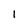
Character: 1